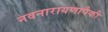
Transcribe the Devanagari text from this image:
नवनारायणापैकी